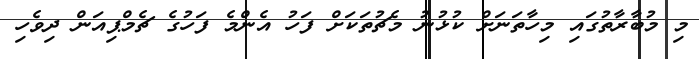
މި މުބާރާތުގައި މިހާތަނަށް ކުޅުނު މެޗުތަކަށް ފަހު އެންމެ ފަހުގެ ޗެމްޕިއަން ދިވެހި